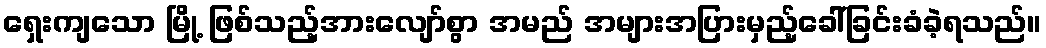
ရှေးကျသော မြို့ ဖြစ်သည့်အားလျော်စွာ အမည် အများအပြားမှည့်ခေါ်ခြင်းခံခဲ့ရသည်။